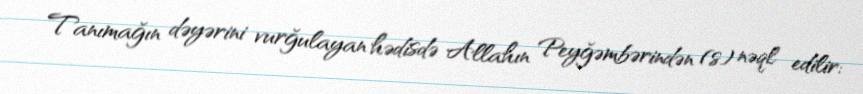
Tanımağın dəyərini vurğulayan hədisdə Allahın Peyğəmbərindən (s) nəql edilir: